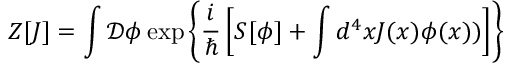
Z [ J ] = \int { \mathcal { D } } \phi \exp \left\{ { \frac { i } { \hbar } } \left[ S [ \phi ] + \int d ^ { 4 } x J ( x ) \phi ( x ) ) \right] \right\}